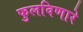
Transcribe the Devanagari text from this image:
फुलविणारे